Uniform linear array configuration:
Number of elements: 16
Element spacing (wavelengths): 0.5
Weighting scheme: kaiser
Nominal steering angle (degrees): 15
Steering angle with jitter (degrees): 15.834
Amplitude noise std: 0.05
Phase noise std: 0.05

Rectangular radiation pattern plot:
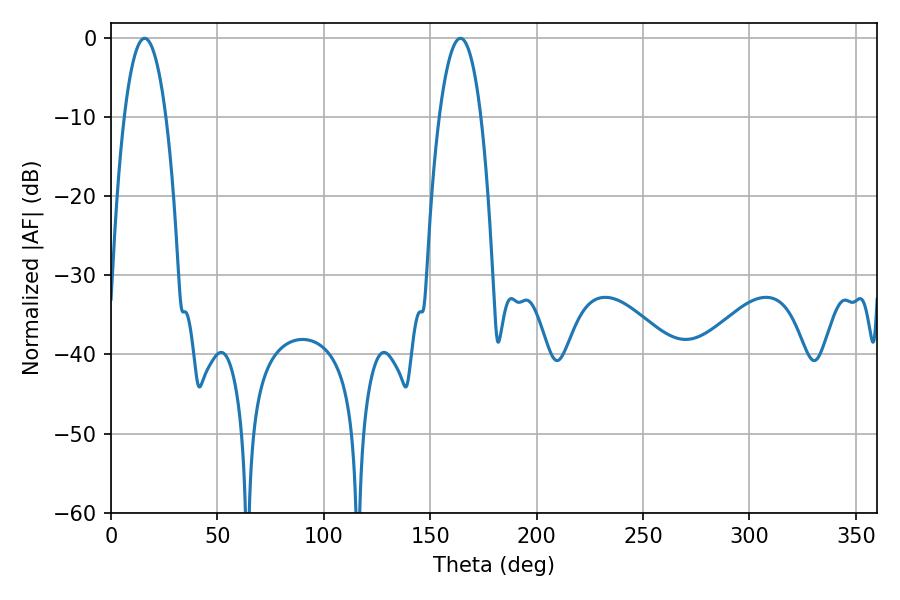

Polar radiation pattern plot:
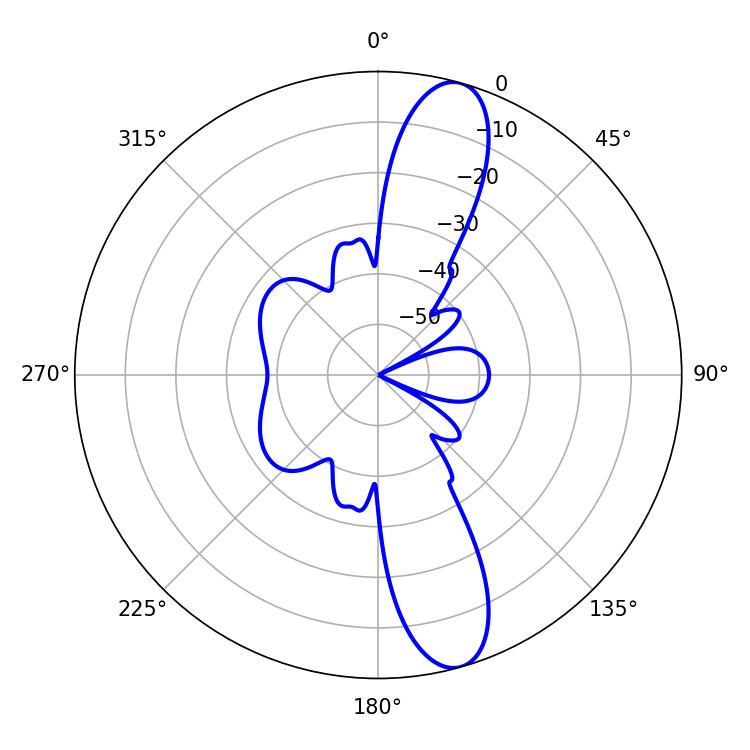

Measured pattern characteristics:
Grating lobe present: FALSE
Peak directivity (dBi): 12.583
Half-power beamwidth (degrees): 10.8
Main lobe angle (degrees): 15.84